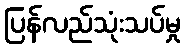
ပြန်လည်သုံးသပ်မှု